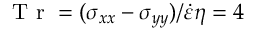
\mathrm { ~ T ~ r ~ } = ( \sigma _ { x x } - \sigma _ { y y } ) / \dot { \varepsilon } \eta = 4